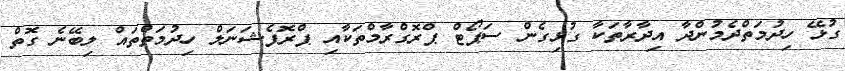
ގުޅޭ ހިދުމަތްދެމުންދާ އިދާރާތަކާ ގުޅިގެން ސަޕޯޓް ޕްރޮގްރާމްތަކާއި ޕްރޮފެޝަނަލް ހިދުމަތްތައް ލިބޭނެ ގޮތް